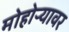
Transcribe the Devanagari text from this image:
मोहोऱ्यावर